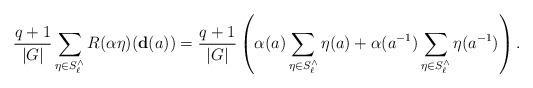
LaTeX: \begin{align*}\frac{q+1}{|G|} \sum_{\eta \in S_{\ell}^\wedge} R(\alpha \eta) (\mathbf{d}(a)) & = \frac{q+1}{|G|} \left(\alpha(a)\sum_{\eta \in S_{\ell}^\wedge} \eta(a) + \alpha(a^{-1})\sum_{\eta \in S_{\ell}^\wedge}\eta(a^{-1}) \right). \end{align*}